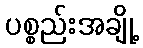
ပစ္စည်းအချို့